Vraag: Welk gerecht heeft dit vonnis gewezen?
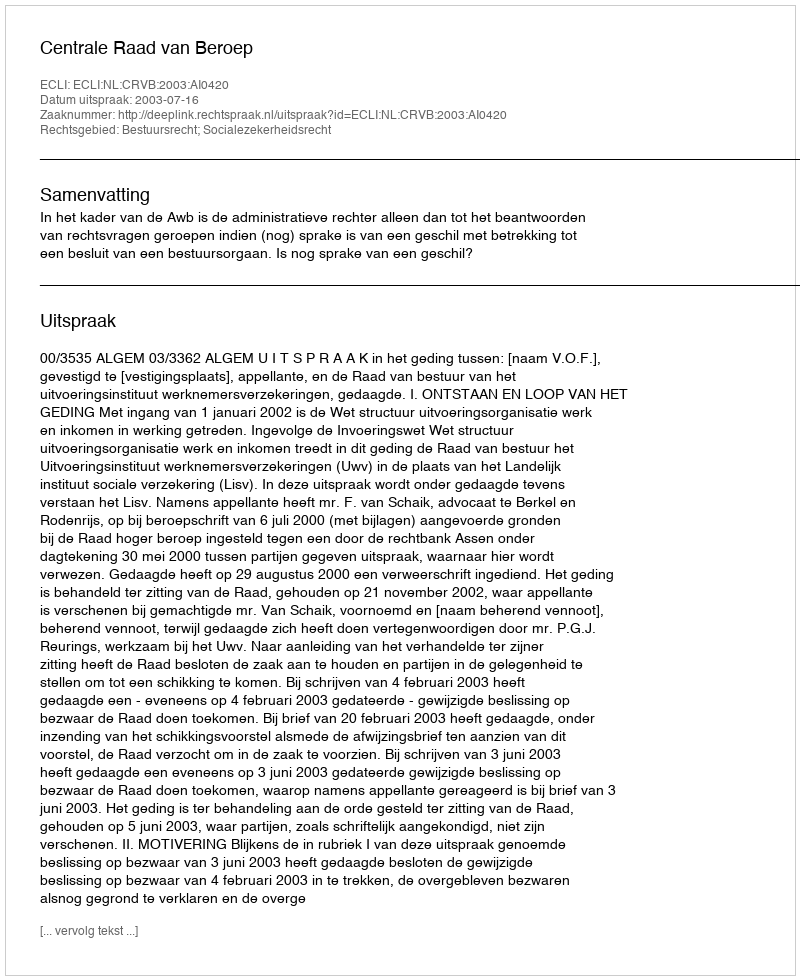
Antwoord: Centrale Raad van Beroep